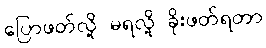
ပြောဖတ်လို့ မရလို့ ခိုးဖတ်ရတာ